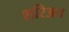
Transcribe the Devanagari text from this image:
शरिअत